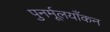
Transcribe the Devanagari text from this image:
पुनर्मूलयाँकन